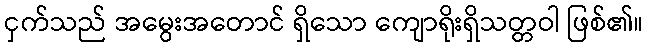
ငှက်သည် အမွေးအတောင် ရှိသော ကျောရိုးရှိသတ္တဝါ ဖြစ်၏။